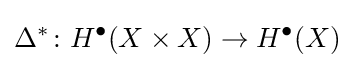
\Delta ^{*}\colon H^{\bullet }(X\times X)\to H^{\bullet }(X)